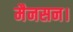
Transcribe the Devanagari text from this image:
मैनसन।